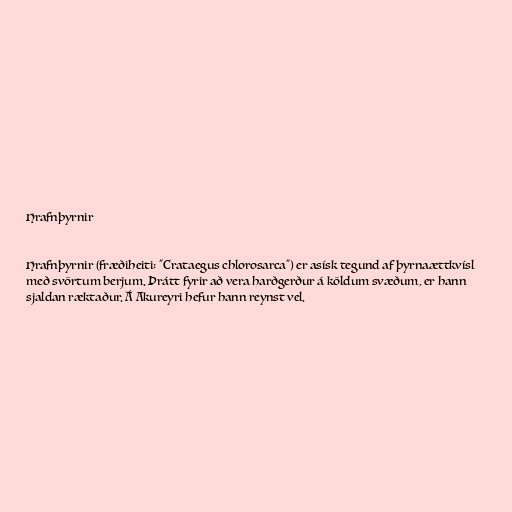
Hrafnþyrnir

Hrafnþyrnir (fræðiheiti: "Crataegus chlorosarca") er asísk tegund af þyrnaættkvísl
með svörtum berjum. Þrátt fyrir að vera harðgerður á köldum svæðum, er hann
sjaldan ræktaður. Á Akureyri hefur hann reynst vel.